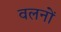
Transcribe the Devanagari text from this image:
वलनों